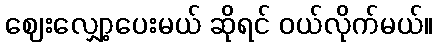
ဈေးလျှော့ပေးမယ် ဆိုရင် ဝယ်လိုက်မယ်။